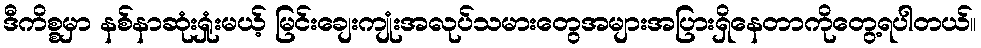
ဒီကိစ္စမှာ နစ်နာဆုံးရှုံးမယ့် မြင်းချေးကျုံးအလုပ်သမားတွေအများအပြားရှိနေတာကိုတွေ့ရပါတယ်။